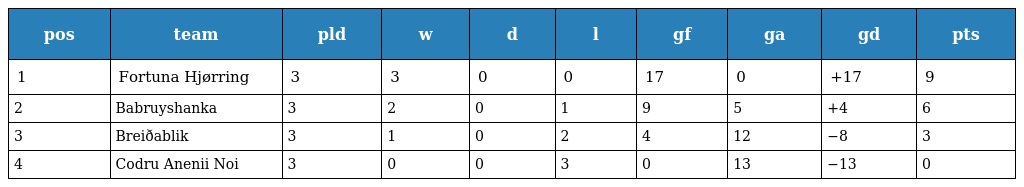
| pos | team | pld | w | d | l | gf | ga | gd | pts |
 | --- | --- | --- | --- | --- | --- | --- | --- | --- | --- |
 | 1 | Fortuna Hjørring | 3 | 3 | 0 | 0 | 17 | 0 | +17 | 9 |
 | 2 | Babruyshanka | 3 | 2 | 0 | 1 | 9 | 5 | +4 | 6 |
 | 3 | Breiðablik | 3 | 1 | 0 | 2 | 4 | 12 | −8 | 3 |
 | 4 | Codru Anenii Noi | 3 | 0 | 0 | 3 | 0 | 13 | −13 | 0 |